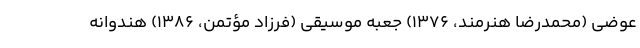
عوضی (محمدرضا هنرمند، ۱۳۷۶) جعبه موسیقی (فرزاد مؤتمن، ۱۳۸۶) هندوانه